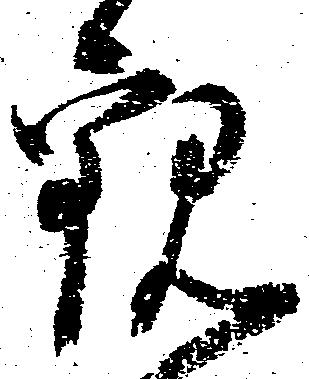
観